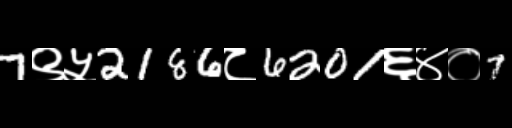
Text: 7९५2186८6201६४०7